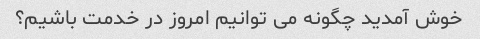
خوش آمدید چگونه می توانیم امروز در خدمت باشیم؟